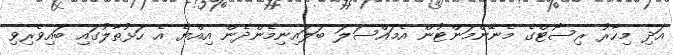
އަދި މިހާރު ރިސޯޓްގެ މެނޭންމަންޓުން އެމައްސަލަ ބަލައިނިމެންދެން އިއްޔެ އެ ހަޅުތާލުގައި ބައިވެރިވި